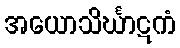
အယောသိင်္ဃာဋကံ